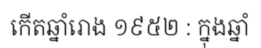
កើតឆ្នាំរោង ១៩៥២ : ក្នុងឆ្នាំ